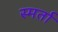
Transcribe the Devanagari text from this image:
स्मर्ता